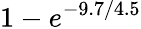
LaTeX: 1-e^{-9.7/4.5}